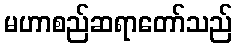
မဟာစည်ဆရာတော်သည်